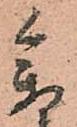
参